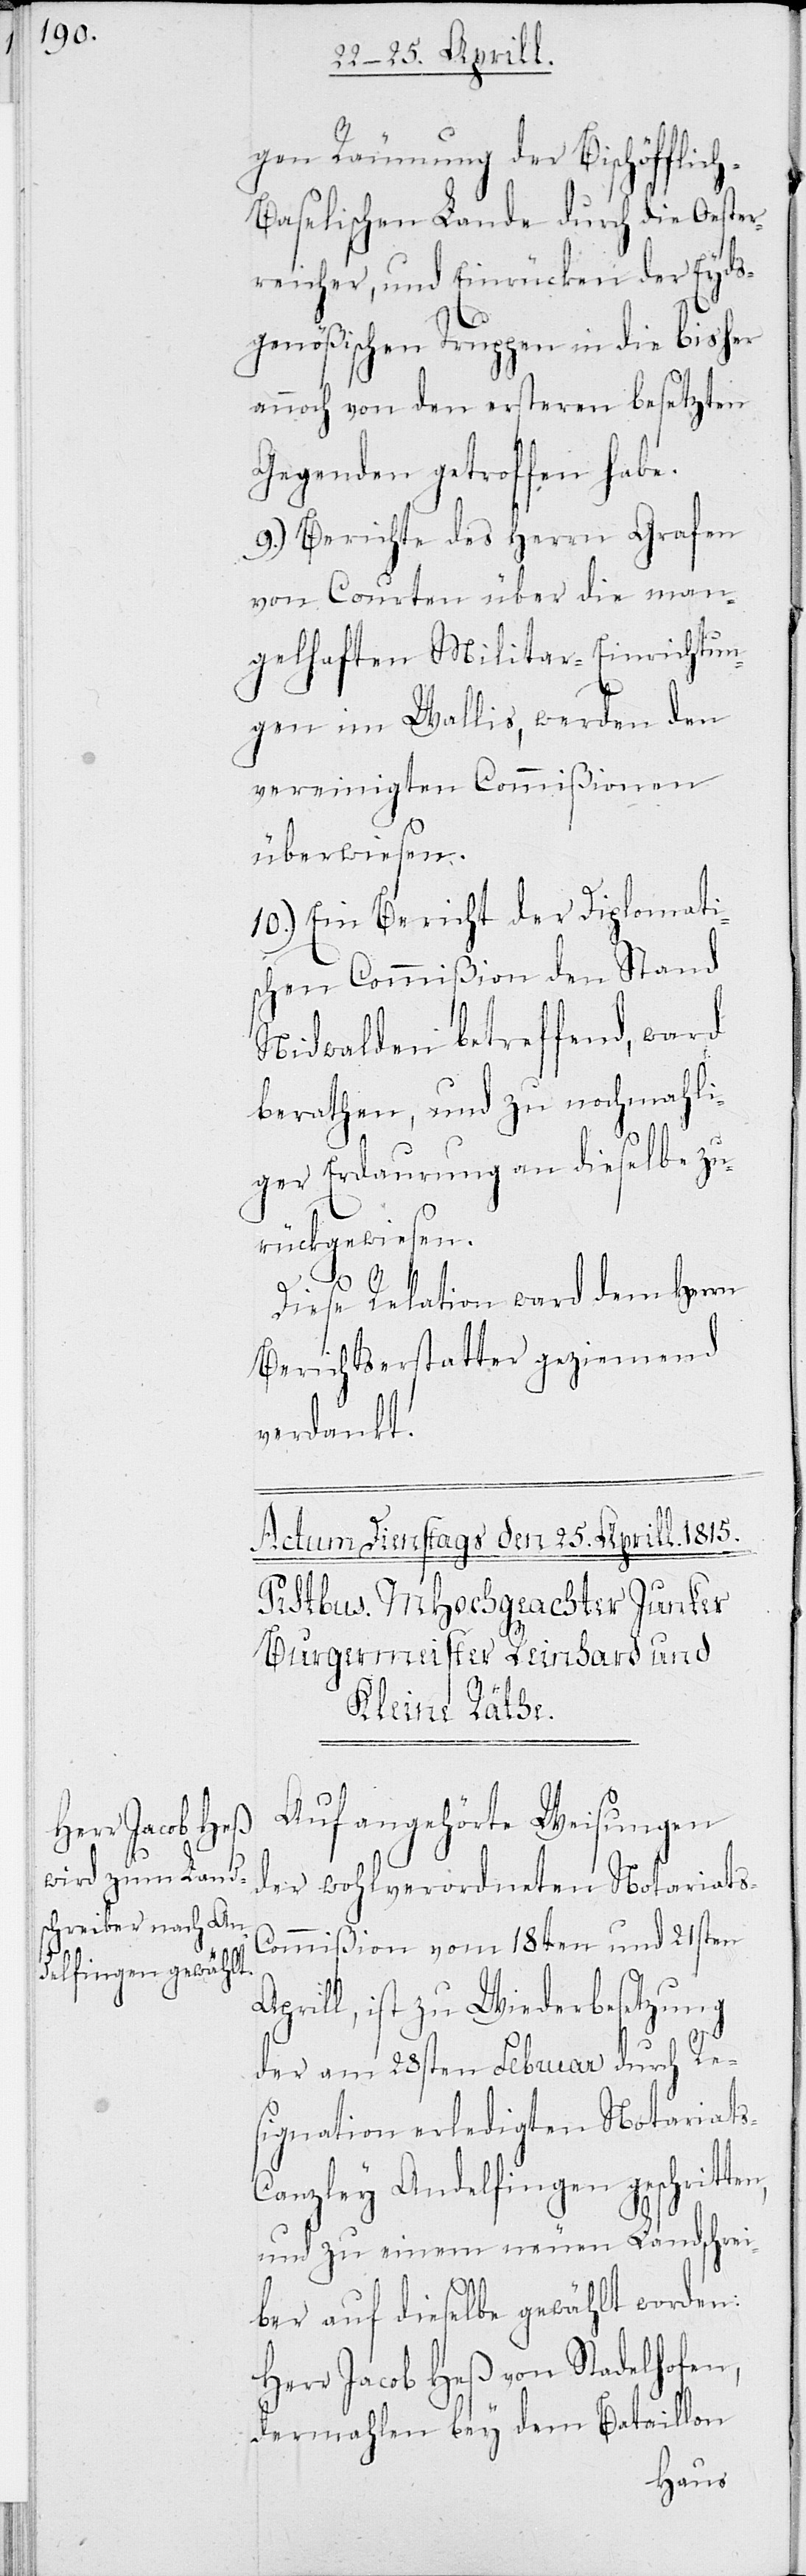
s-C¬

gen Räumung der Bischöfflich
Baselischen Lande durch die Öster¬
reicher, und Einrücken der Eyds¬
genößischen Truppen in die bisher
annoch von den ersteren besezten
Gegenden getroffen habe.
9.) Berichte des Herrn Grafen
von Courten über die man¬
gelhaften Militar-Einrichtun¬
gen im Wallis, werden den
vereinigten Commißionen
überwiesen.
10.) Ein Bericht der Diplomati¬
schen Commißion den Stand
Nidwalden betreffend, ward
berathen, und zu nochmahli¬
ger Erdaurung an dieselbe zu¬
rückgewiesen.
n,
Diese Relation wurde dem Herr¬
Berichtserstatter geziemend
verdankt.
Auf angehörte Weisungen
der wohlverordneten Notariats-C¬
ommißion vom 18ten und 21sten
Aprill, ist zu Wiederbesetzung
der am 28sten Februar durch Re¬
signation erledigten Notariat¬
anzley Andelfingen geschritte¬
und zu einem neuen Landschrei¬
ber auf dieselbe gewählt worden:
Herr Jacob Heß von Stadelhofen,
dermahlen bey dem Bataillon